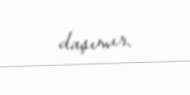
daşımır.